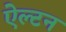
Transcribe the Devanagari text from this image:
ऐल्टन